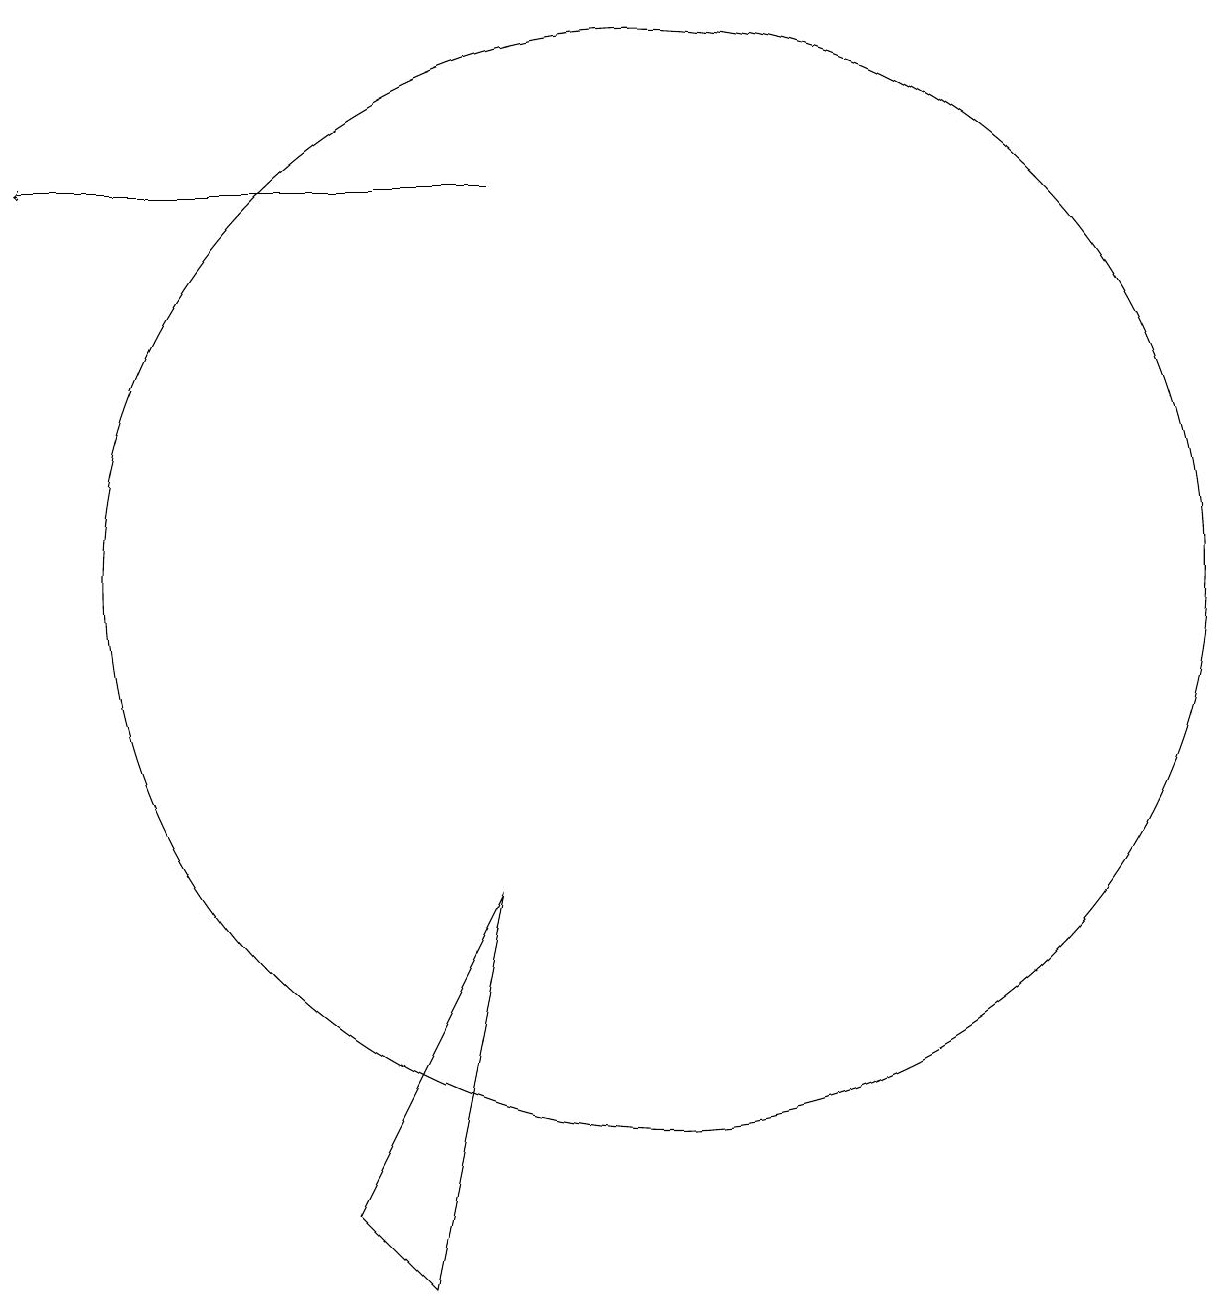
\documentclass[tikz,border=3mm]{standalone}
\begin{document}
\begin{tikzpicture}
\draw (11,10) circle (0);
\draw[->] (9,15) -- (3,15);
\draw (11,10) circle (7);
\draw (7,2) -- (9,6) -- (8,1) -- cycle;
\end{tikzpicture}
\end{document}